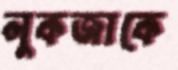
লুকজাকে